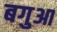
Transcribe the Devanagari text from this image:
बगुआ